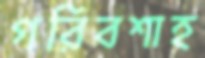
গরিবশাহ